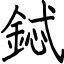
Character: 鋱